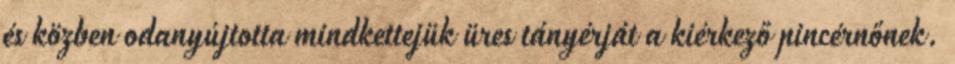
és közben odanyújtotta mindkettejük üres tányérját a kiérkező pincérnőnek.